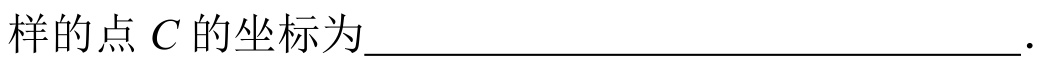
样的点\(C\)的坐标为___.